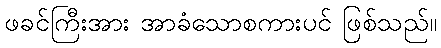
ဖခင်ကြီးအား အာခံသောစကားပင် ဖြစ်သည်။